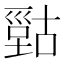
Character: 𰈫